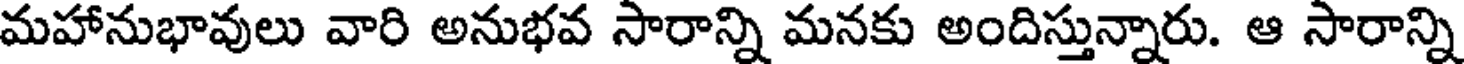
మహానుభావులు వారి అనుభవ సారాన్ని మనకు అందిస్తున్నారు. ఆ సారాన్ని